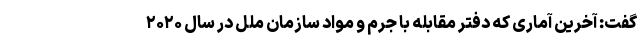
گفت: آخرین آماری که دفتر مقابله با جرم و مواد سازمان ملل در سال ۲۰۲۰